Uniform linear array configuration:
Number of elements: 8
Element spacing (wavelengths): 0.25
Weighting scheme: exponential
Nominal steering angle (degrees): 30
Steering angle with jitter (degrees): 29.788
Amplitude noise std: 0.05
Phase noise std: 0.05

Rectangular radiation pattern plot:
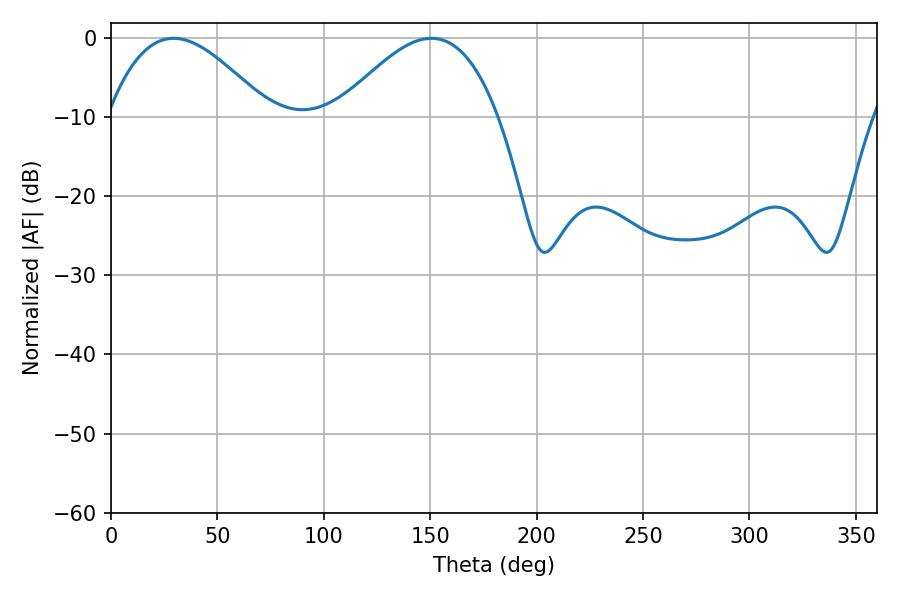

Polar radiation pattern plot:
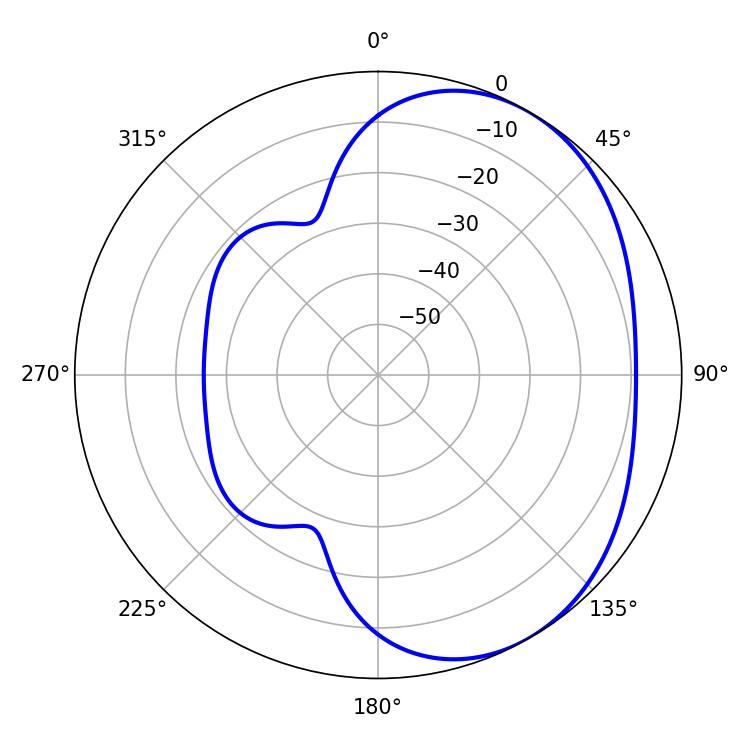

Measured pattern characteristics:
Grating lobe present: FALSE
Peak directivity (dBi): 3.614
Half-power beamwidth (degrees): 41.04
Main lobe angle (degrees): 29.52